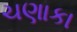
ચણાકા